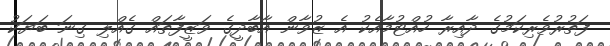
ފަތުރުވެރިކަމުގެ ދާއިރާ ހުއްޓުމާއެކު އެ ޒުވާން އާބާދީގެ ވަޒީފާތައް ގެއްލި ގިނަ ބަޔަކު